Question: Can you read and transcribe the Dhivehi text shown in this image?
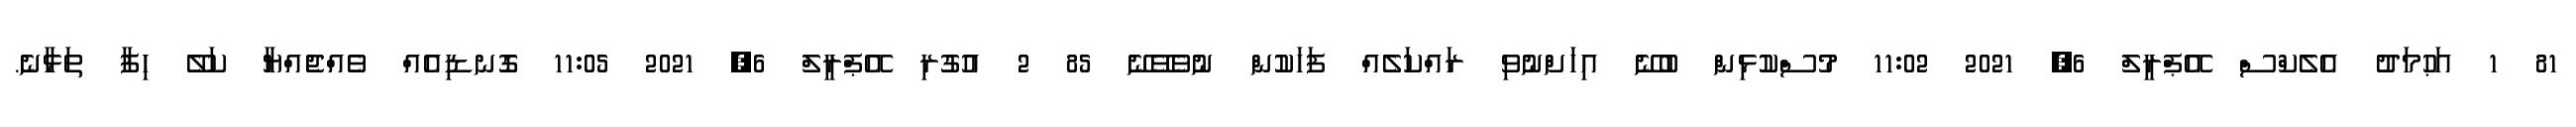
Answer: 81 1 އަޙުމަދު އެލެކްސް އޭޕްރީލް 6, 2021 11:02 މުސްކުޅިން ބުނޭ އިހަށްނުވި ރައްކަލެއް ފަހަކުން ނުވެވޭނޭ 85 2 އުގުރި އޭޕްރީލް 6, 2021 11:05 ގޮނޑިއެއް ވެއްޖެއްޔާ ކަލޭ ހިފާ ތަޅާނެ.